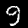
Label: 9